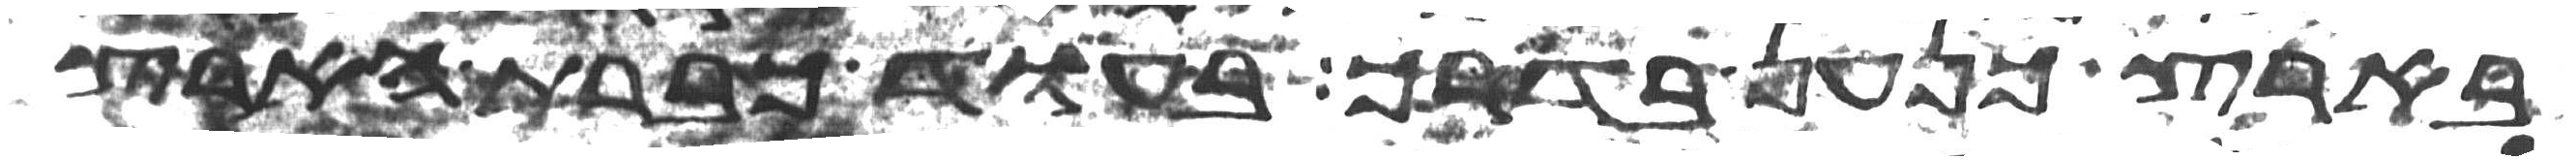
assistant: בארץ כנען בדרך בעוד כברת הארץ